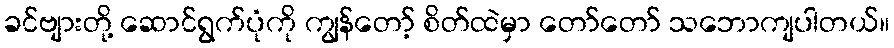
ခင်ဗျားတို့ ဆောင်ရွက်ပုံကို ကျွန်တော့် စိတ်ထဲမှာ တော်တော် သဘောကျပါတယ်။